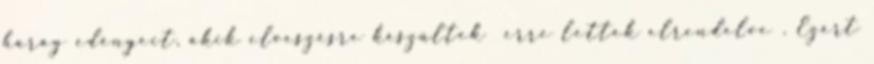
harag edényeit, akik elveszésre készültek erre lettek elrendelve . Ezért